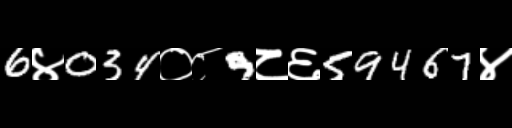
Text: 6४034०८9८६59467४